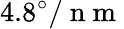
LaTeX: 4.8^{\circ}/\mathrm{~n~m~}